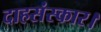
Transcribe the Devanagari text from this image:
दाहसंस्कार।